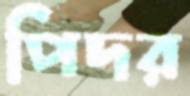
পিদর